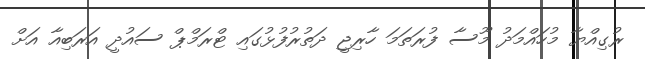
ރުގިއްޔާ މުހައްމަދު މޫސާ ފުރަތަމަ ހާރިޖީ ދަތުރުފުޅުގައި ޓްރަމްޕް ސައުދީ އަރަބިއާ އަށް